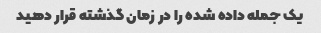
یک جمله داده شده را در زمان گذشته قرار دهید